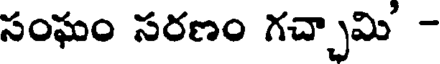
సంఘం సరణం గచ్చామి' -